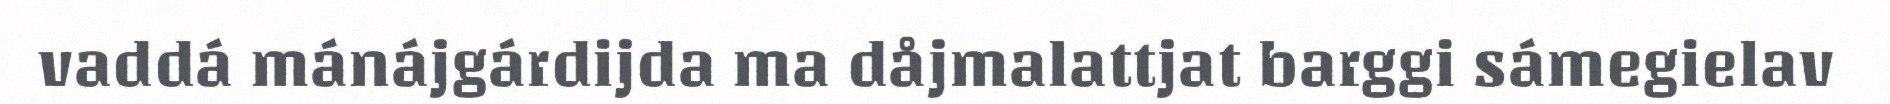
vaddá mánájgárdijda ma dåjmalattjat barggi sámegielav